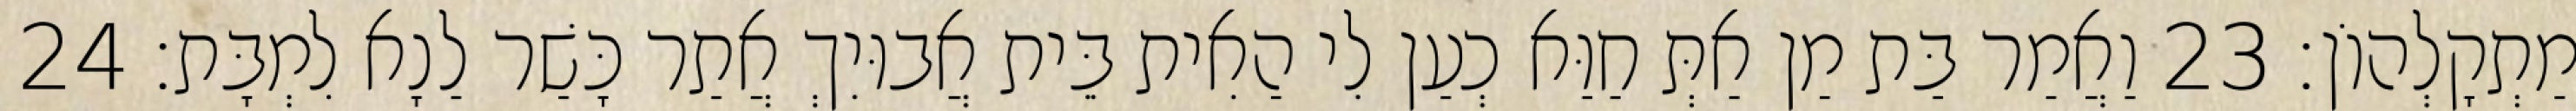
מַתְקָלְהוֹן׃ 23 וַאֲמַר בַּת מַן אַתְּ חַוַּא כְעַן לִי הַאִית בֵּית אֲבוּיִךְ אֲתַר כָּשַׁר לַנָא לִמְבָּת׃ 24